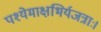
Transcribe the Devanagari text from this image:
पश्येमाक्षभिर्यजत्राः।